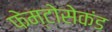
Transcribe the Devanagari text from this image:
फेम्टोसेकंड